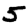
Digit: 5